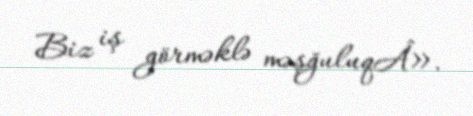
Biz iş görməklə məşğuluqÂ».